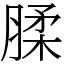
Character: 腬